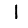
Digit: 1